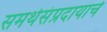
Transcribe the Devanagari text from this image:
समर्थसंप्रदायाचे